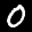
Label: 0